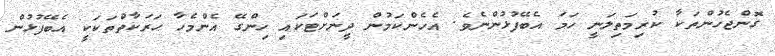
ގޮންޖެހުންތަކާ ކުރިމަތިލަނީ ހަމަ އެބޭފުޅުންނެވެ. އެހެންކަމުންް ދީނަށްޓަކައި ހިންގޭ އެންމެހާ ޙަރަކާތްތަކަކީ އެބޭފުޅުން